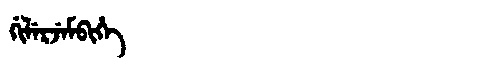
Manchu: ᡤᡳᠯᡝᡵᠵᡝᠮᠪᡳᡥᡝ
Romanization: GILERJEMBIHE